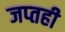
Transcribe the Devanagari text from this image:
जप्‍तही